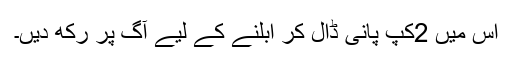
اس میں 2کپ پانی ڈال کر ابلنے کے لیے آگ پر رکھ دیں۔